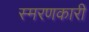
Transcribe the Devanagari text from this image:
स्मरणकारी